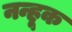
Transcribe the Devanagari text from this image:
नन्हूक